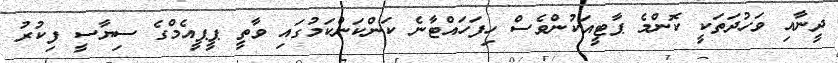
ދީނާއި ވަހުދަތަކީ ކޮންމެ ޕާޓީއަކުންވެސް ހިފަހައްޓާނެ ކަންކަންކަމުގައި ވާތީ ޕީޕީއެމްގެ ސިޔާސީ ފިކުރު